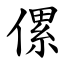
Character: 傫